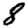
Digit: 8